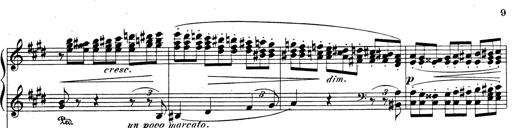
Title: Rhapsodie espagnole
Composer: Franz Liszt